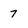
Character: 7